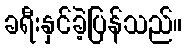
ခရီးနှင်ခဲ့ပြန်သည်။